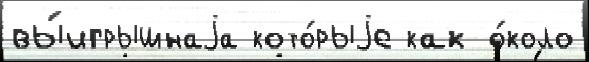
вы́игрышнаjа кото́рыjе как о́коло